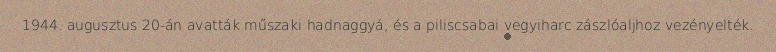
1944. augusztus 20-án avatták műszaki hadnaggyá, és a piliscsabai vegyiharc zászlóaljhoz vezényelték.